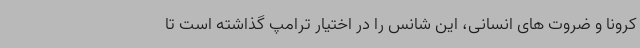
کرونا و ضروت های انسانی، این شانس را در اختیار ترامپ گذاشته است تا